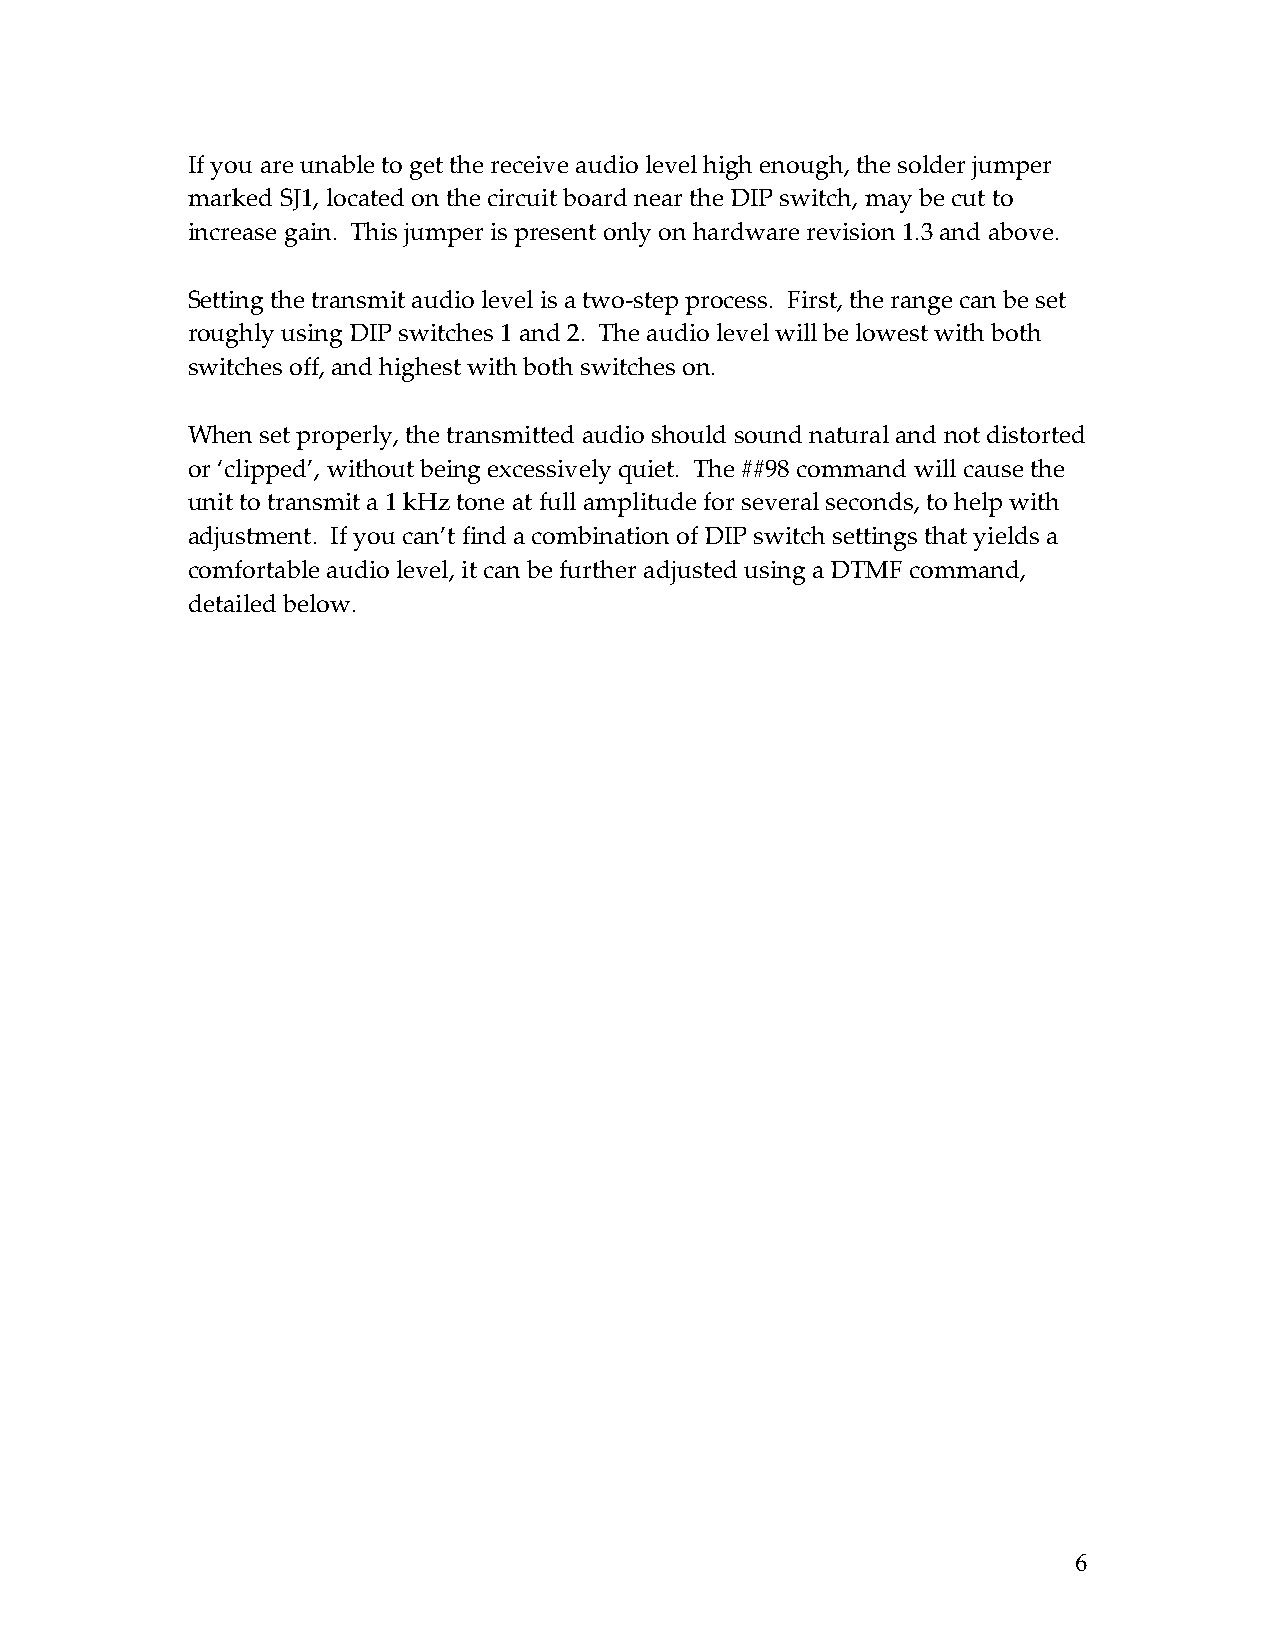
If you are unable to get the receive audio level high enough, the solder jumper
 marked SJ1, located on the circuit board near the DIP switch, may be cut to
 increase gain. This jumper is present only on hardware revision 1.3 and above.
 Setting the transmit audio level is a two-step process. First, the range can be set
 roughly using DIP switches 1 and 2. The audio level will be lowest with both
 switches off, and highest with both switches on.
 When set properly, the transmitted audio should sound natural and not distorted
 or ‘clipped’, without being excessively quiet. The ##98 command will cause the
 unit to transmit a 1 kHz tone at full amplitude for several seconds, to help with
 adjustment. If you can’t find a combination of DIP switch settings that yields a
 comfortable audio level, it can be further adjusted using a DTMF command,
 detailed below.
 6